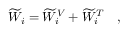
\widetilde { W } _ { i } = \widetilde { W } _ { i } ^ { V } + \widetilde { W } _ { i } ^ { T } ~ ~ ~ ,